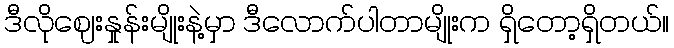
ဒီလိုဈေးနှုန်းမျိုးနဲ့မှာ ဒီလောက်ပါတာမျိုးက ရှိတော့ရှိတယ်။